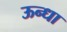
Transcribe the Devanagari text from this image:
ऊन्धा